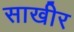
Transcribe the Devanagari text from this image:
साखीर